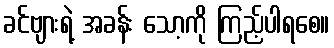
ခင်ဗျားရဲ့ အခန်း သော့ကို ကြည့်ပါရစေ။